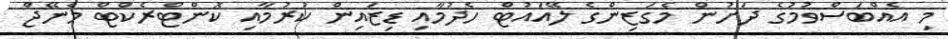
މި އެއްބަސްވުމުގެ ދަށުން މެގަޒިންގެ ލޭއައުޓް ހެދުމާއި ޑިޒައިން ކުރުމާއި ކޮންޓްރެކްޓް މެނޭޖް